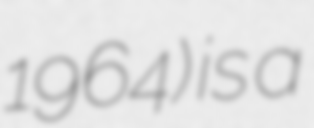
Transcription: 1964) is a